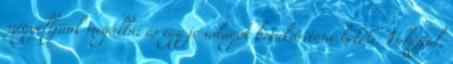
szégyelljünk megállni és egy jó adagot betakarítani belőle. Fahéjjal,